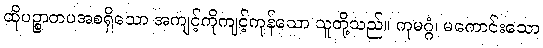
ထိုပဉ္စာတပအစရှိသော အကျင့်ကိုကျင့်ကုန်သော သူတို့သည်။ ကုမဂ္ဂံ၊ မကောင်းသော